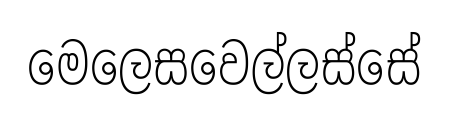
මෙලෙසවෙල්ලස්සේ